Source: Handwritten
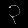
Digit: ၃ (3)